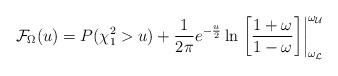
LaTeX: \begin{align*}\mathcal{F}_{\Omega}(u) = P(\chi^2_1 > u) + \frac{1}{2\pi} e^{-\frac{u}{2}} \ln \left. \left[\frac{1+\omega}{1-\omega} \right] \right\vert_{\omega_{\mathcal{L}}} ^{\omega_{\mathcal{U}}}\end{align*}